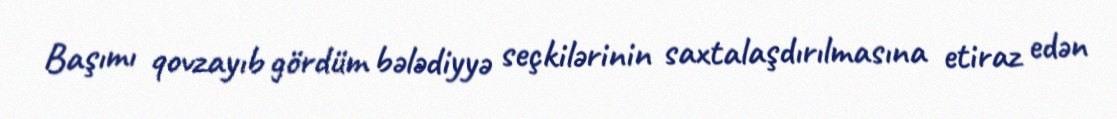
Başımı qovzayıb gördüm bələdiyyə seçkilərinin saxtalaşdırılmasına etiraz edən